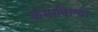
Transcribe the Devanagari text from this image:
कमाविल्या